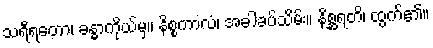
သရီရတော၊ ခန္ဓာကိုယ်မှ။ နိစ္စကာလံ၊ အခါခပ်သိမ်း။ နိစ္ဆရတိ၊ ထွက်၏။